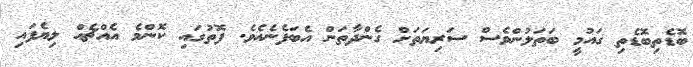
ބޮޑެތިބޮޑެތި ގައުމީ ބަތަލުންވެސް ސަރިޔަތަށް ގެންދާތަން އެބަފެނެއެވެ. ފޮތުގައި ކޮންމެ އެއްޗެއް ލިޔެފައި